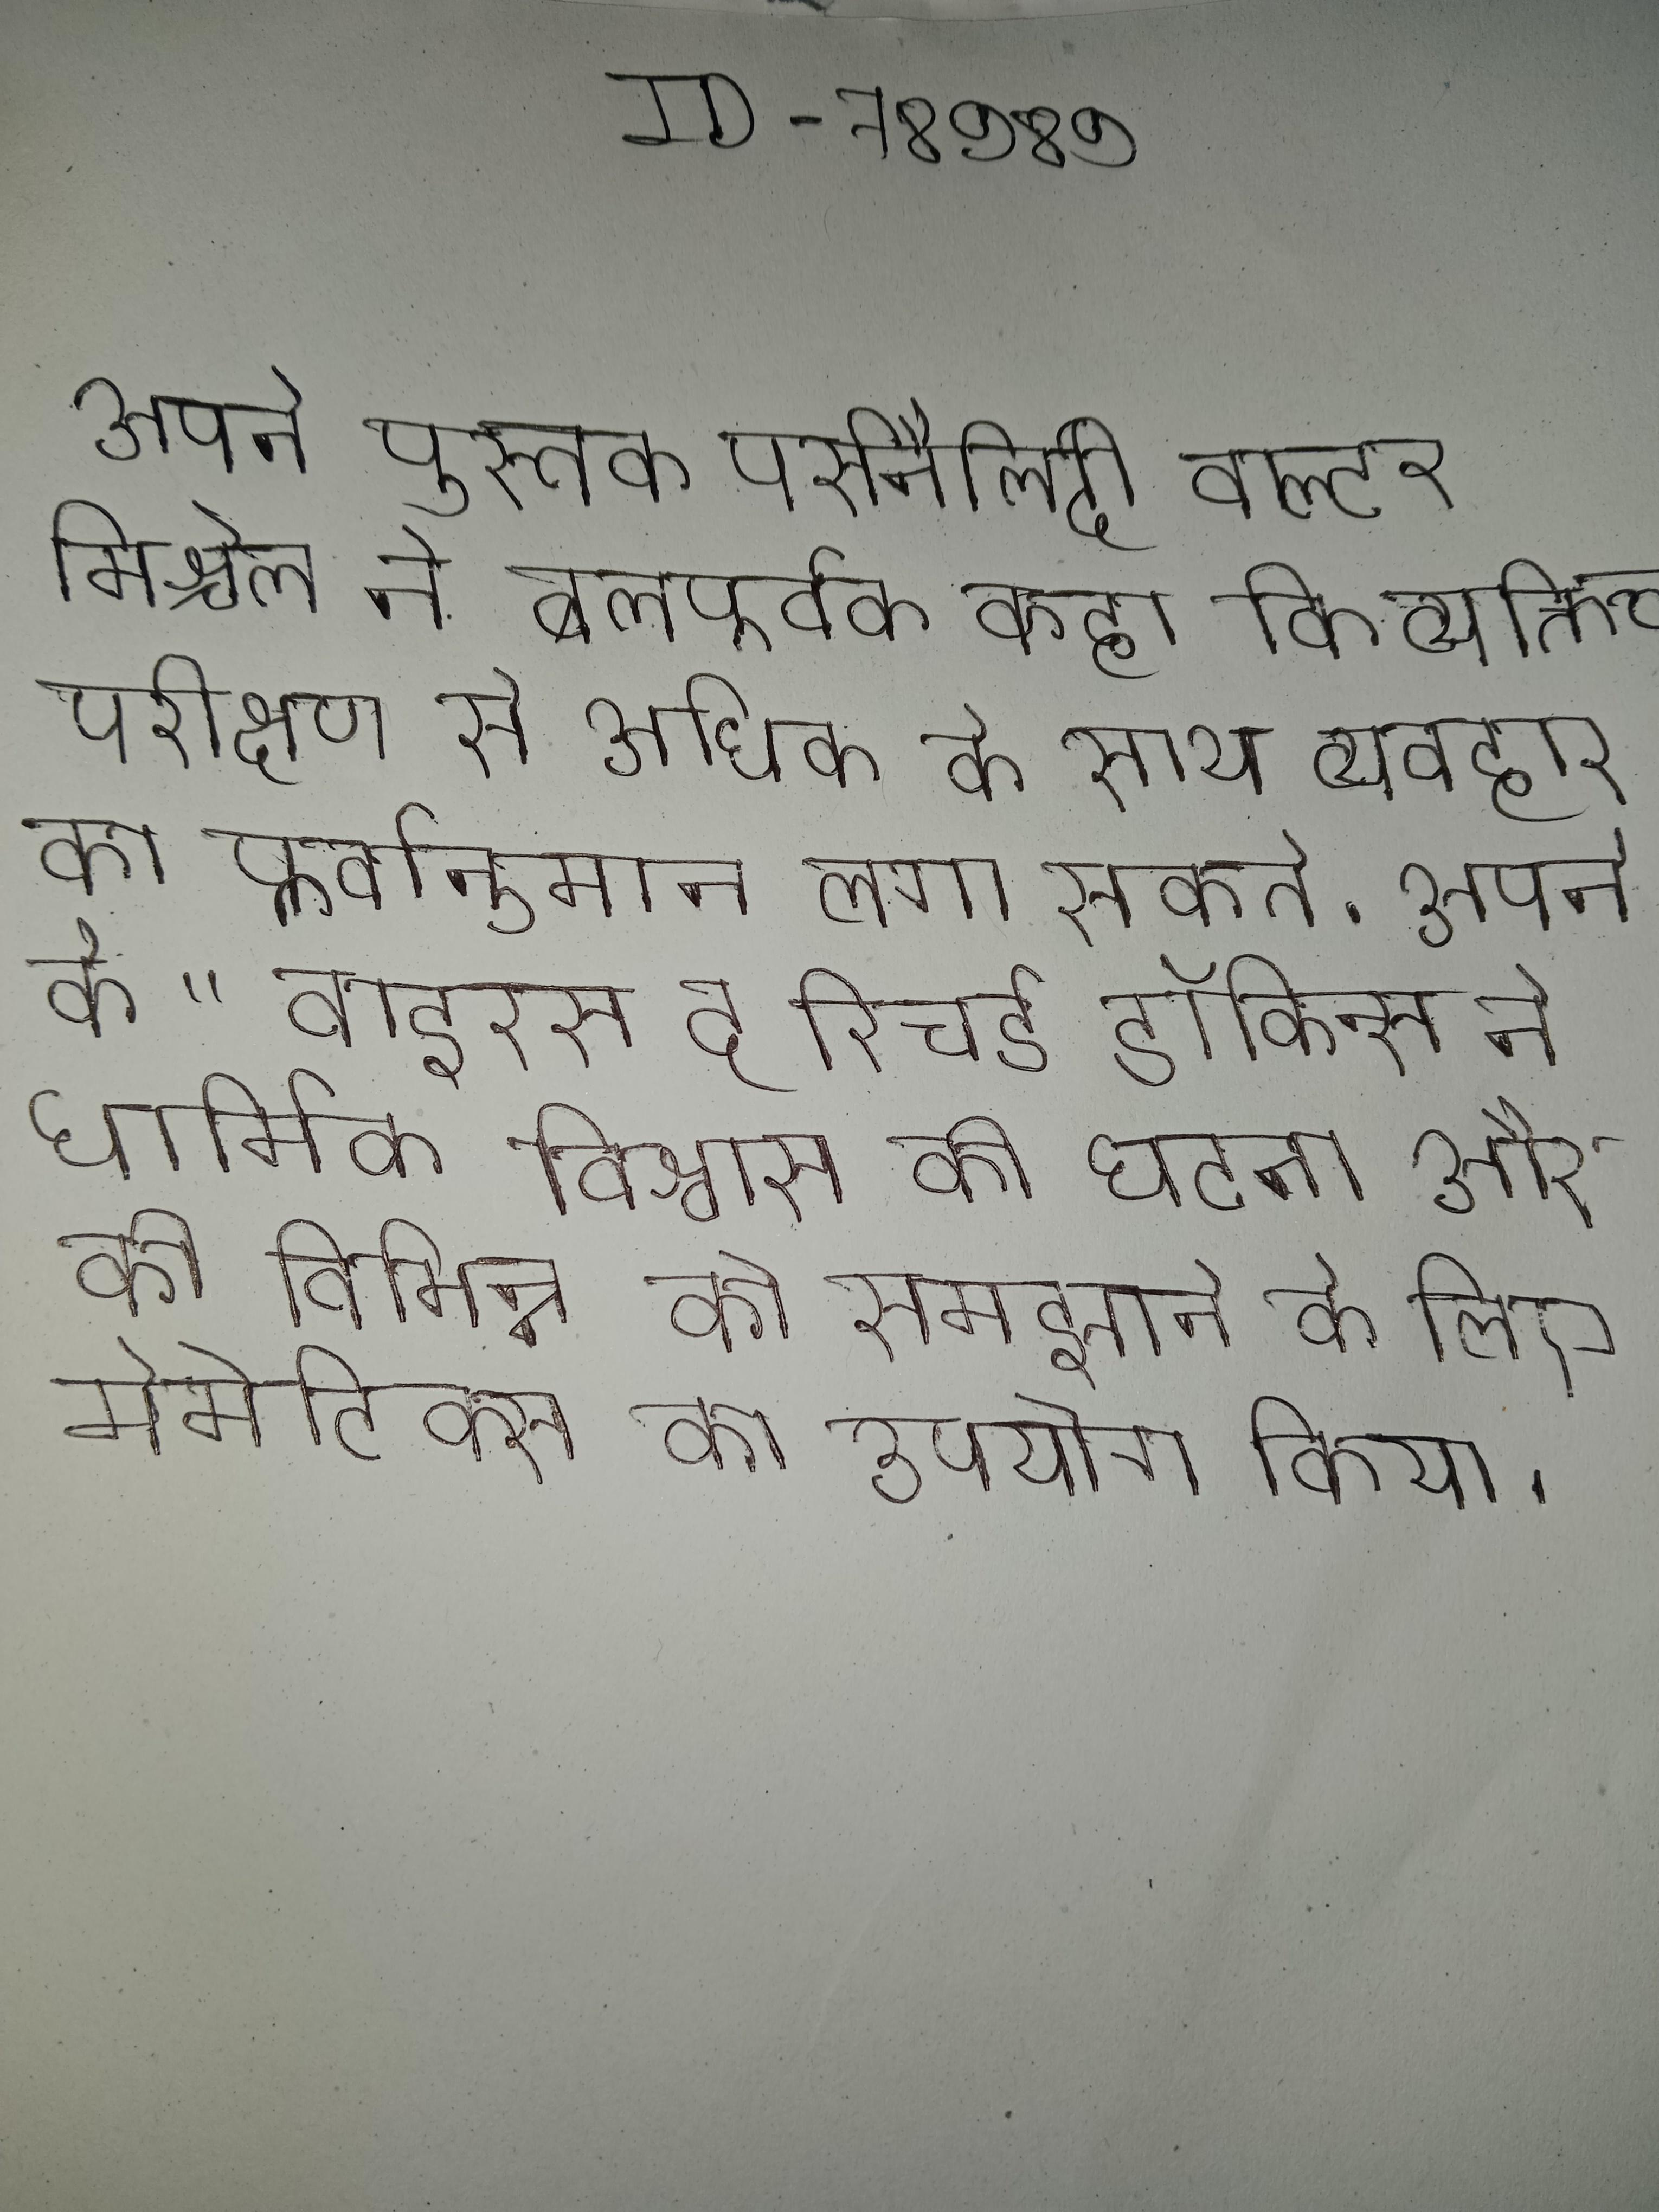
अपने पुस्तक पर्सनैलिटी वाल्टर मिश्चेल ने बलपूर्वक कहा कि व्यक्तित्व परीक्षण से अधिक के साथ व्यवहार का पूर्वानुमान लगा सकते . अपने के "वाइरस द रिचर्ड डॉकिन्स ने धार्मिक विश्वास की घटना और की विभिन्न को समझाने के लिए मेमेटिक्स का उपयोग किया ।